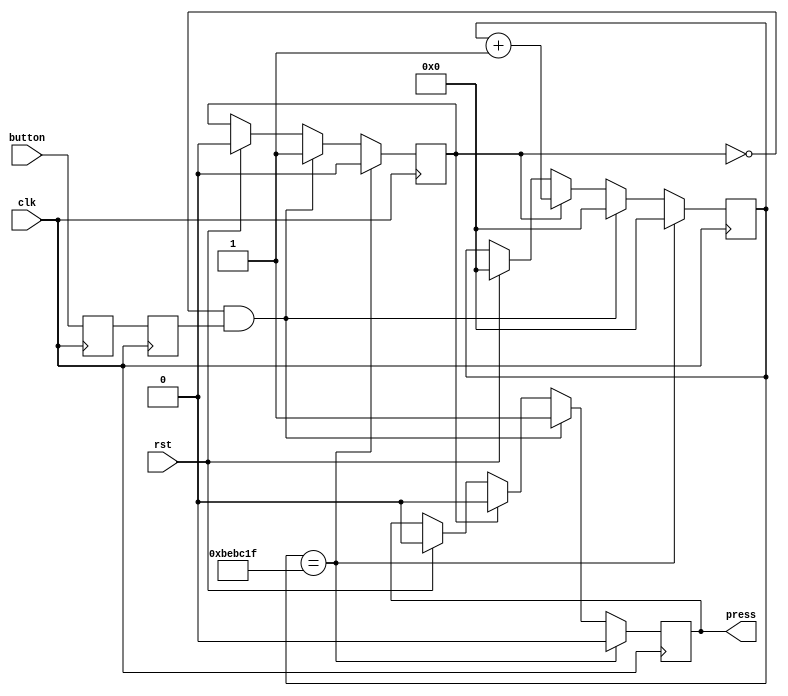
`timescale 1ns / 1ps

module Debouncer(rst, clk, button, press);
	input rst, clk, button;
    output reg press;
	reg state;
	reg in, in_0;
	reg [30:0] cnt;
	
    always @(posedge clk) begin
		in_0 <= button; 
	end
  
	always @(posedge clk) begin
		in <= in_0; 
	end
	
    always @ (posedge clk) begin		
        if (rst) begin
            state <= 0;
            cnt <= 0;
            press <= 0;
        end
		
        if (state == 0 && in == 1) begin
			state <= 1;
            press <= 1;
			cnt <= 0;
		end
        else if (state == 1) begin
			cnt <= cnt + 1;
            press <= 0;
		end
		
        if (cnt == 12499999) begin //50000000
			state <= 0;
			cnt <= 0;
            press <= 0;
		end
	 end
endmodule